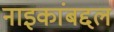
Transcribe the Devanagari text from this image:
नाइकांबद्दल